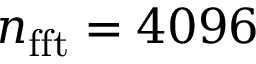
n _ { \mathrm { { f f t } } } = 4 0 9 6